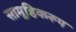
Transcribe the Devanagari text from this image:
सामूहिकरूप